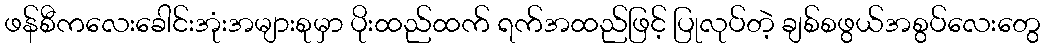
ဖန်စီကလေးခေါင်းအုံးအများစုမှာ ပိုးထည်ထက် ရက်အထည်ဖြင့် ပြုလုပ်တဲ့ ချစ်စဖွယ်အစွပ်လေးတွေ